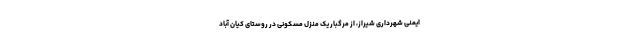
ایمنی شهرداری شیراز، از مرگبار یک منزل مسکونی در روستای کیان آباد